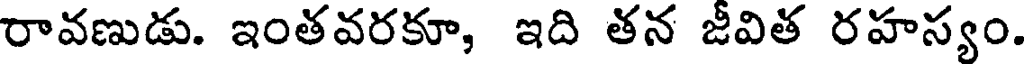
రావణుడు. ఇంతవరకూ, ఇది తన జీవిత రహస్యం.